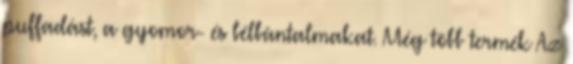
puffadást, a gyomor- és bélbántalmakat. Még több termék Az